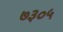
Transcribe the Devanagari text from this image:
७३०५